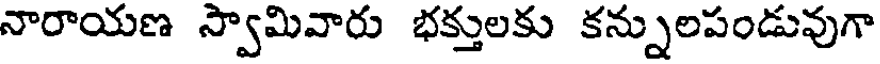
నారాయణ స్వామివారు భక్తులకు కన్నులపండువుగా